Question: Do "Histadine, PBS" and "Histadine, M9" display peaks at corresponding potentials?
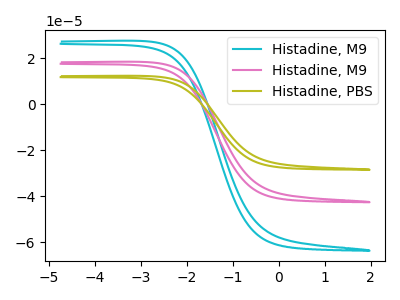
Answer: <think>The cyan curve "Histadine, M9" has no peaks. The pink curve "Histadine, M9" has no peaks. The olive curve "Histadine, PBS" has no peaks.</think>
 <answer>Niether CV has any peaks.</answer>
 <eval>blanks</eval>